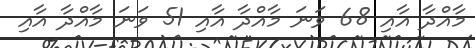
މާއްދާ އާއި 68 ވަނަ މާއްދާ އާއި 51 ވަނަ މާއްދާ އާއި